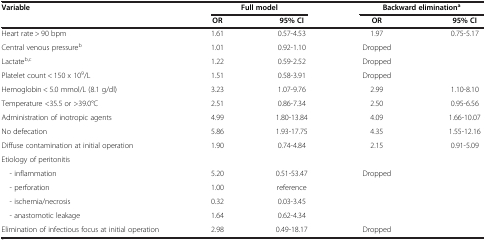
| Variable | <COLSPAN=2> Full model | <COLSPAN=2> Backward eliminationa |
 |  | OR | 95% CI | OR | 95% CI |
 | --- | --- | --- | --- | --- |
 | Heart rate > 90 bpm | 1.61 | 0.57-4.53 | 1.97 | 0.75-5.17 |
 | Central venous pressureb | 1.01 | 0.92-1.10 | Dropped |  |
 | Lactateb,c | 1.22 | 0.59-2.52 | Dropped |  |
 | Platelet count < 150 x 109/L | 1.51 | 0.58-3.91 | Dropped |  |
 | Hemoglobin < 5.0 mmol/L (8.1 g/dl) | 3.23 | 1.07-9.76 | 2.99 | 1.10-8.10 |
 | Temperature <35.5 or >39.0°C | 2.51 | 0.86-7.34 | 2.50 | 0.95-6.56 |
 | Administration of inotropic agents | 4.99 | 1.80-13.84 | 4.09 | 1.66-10.07 |
 | No defecation | 5.86 | 1.93-17.75 | 4.35 | 1.55-12.16 |
 | Diffuse contamination at initial operation | 1.90 | 0.74-4.84 | 2.15 | 0.91-5.09 |
 | Etiology of peritonitis |  |  |  |  |
 | - inflammation | 5.20 | 0.51-53.47 | Dropped | <ROWSPAN=4>  |
 | - perforation | 1.00 | reference |  |
 | - ischemia/necrosis | 0.32 | 0.03-3.45 |  |
 | - anastomotic leakage | 1.64 | 0.62-4.34 |  |
 | Elimination of infectious focus at initial operation | 2.98 | 0.49-18.17 | Dropped |  |